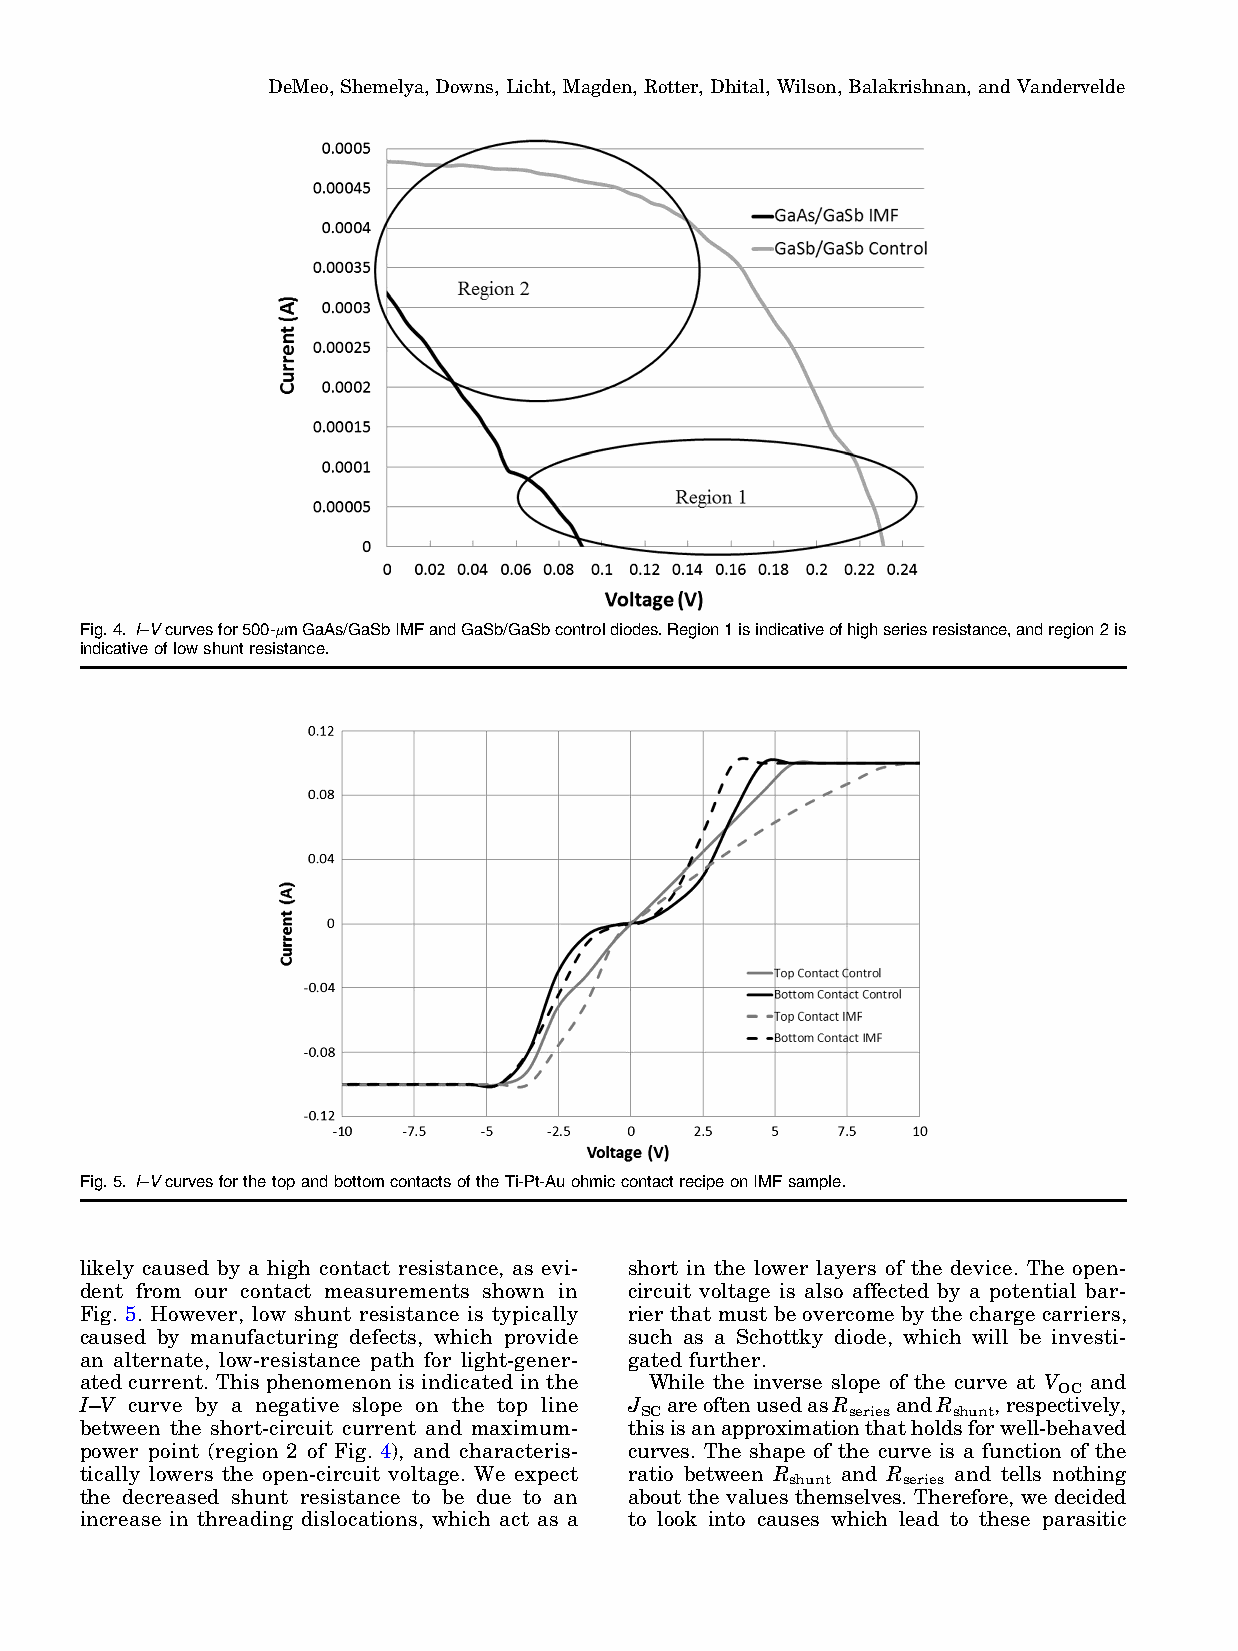
DeMeo,Shemelya, Downs,Licht, Magden, Rotter, Dhital, Wilson,Balakrishnan, and Vandervelde
 Fig.4. I–Vcurvesfor500-lmGaAs/GaSbIMFandGaSb/GaSbcontroldiodes.Region1isindicativeofhighseriesresistance,andregion2is
 indicativeoflowshuntresistance.
 Fig.5. I–VcurvesforthetopandbottomcontactsoftheTi-Pt-AuohmiccontactrecipeonIMFsample.
 likely caused by a high contact resistance, as evi- short in the lower layers of the device. The open-
 dent from our contact measurements shown in circuit voltage is also affected by a potential bar-
 Fig. 5. However, low shunt resistance is typically rier that must be overcome by the charge carriers,
 caused by manufacturing defects, which provide such as a Schottky diode, which will be investi-
 an alternate, low-resistance path for light-gener- gated further.
 ated current. This phenomenon is indicated in the While the inverse slope of the curve at V and
 OC
 I–V curve by a negative slope on the top line J areoftenusedasR andR ,respectively,
 SC            series shunt
 between the short-circuit current and maximum- thisisanapproximationthatholdsforwell-behaved
 power point (region 2 of Fig. 4), and characteris- curves. The shape of the curve is a function of the
 tically lowers the open-circuit voltage. We expect ratio between R and R and tells nothing
 shunt   series
 the decreased shunt resistance to be due to an about the values themselves. Therefore, we decided
 increase in threading dislocations, which act as a to look into causes which lead to these parasitic